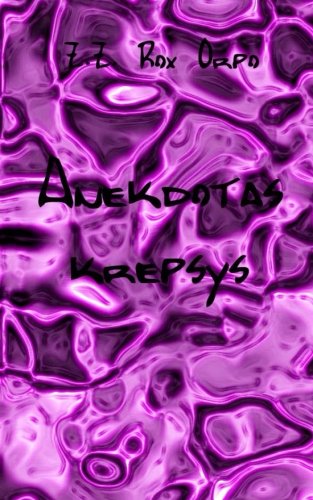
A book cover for Anekdotas krepsys (Lithuanian Edition); Z.Z. Rox Orpo; Travel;